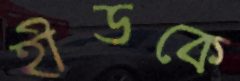
হীডকে